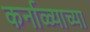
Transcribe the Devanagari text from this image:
कर्नाळ्याच्या